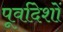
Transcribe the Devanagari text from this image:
पूर्वादेशों